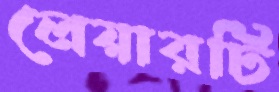
লেয়ারটি